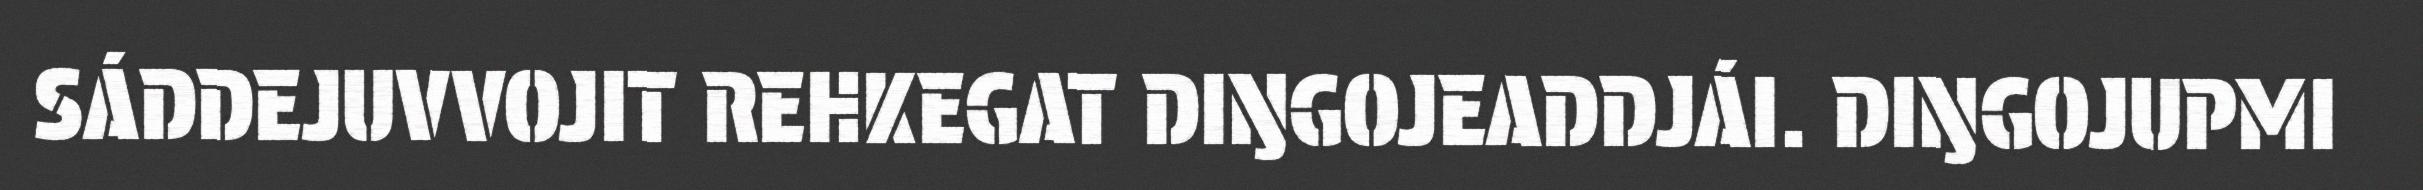
SÁDDEJUVVOJIT REHKEGAT DIŊGOJEADDJÁI. DIŊGOJUPMI